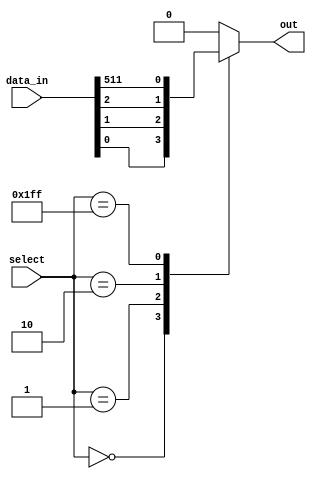
module mux512to1 (
    input [511:0] data_in,
    input [8:0] select,
    output reg out
);

always @(*) begin
    case (select)
        9'b000000000: out = data_in[0];
        9'b000000001: out = data_in[1];
        9'b000000010: out = data_in[2];
        // ... Repeat for all 512 inputs
        9'b111111111: out = data_in[511];
        default: out = 0; // Default output in case no input is selected
    endcase
end

endmodule